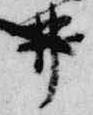
井